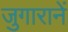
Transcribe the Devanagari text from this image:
जुगारानें